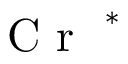
\mathrm { ~ \textit ~ { ~ C ~ r ~ } ~ } ^ { * }